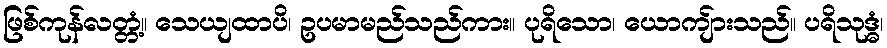
ဖြစ်ကုန်လတ္တံ့။ သေယျထာပိ၊ ဥပမာမည်သည်ကား။ ပုရိသော၊ ယောကျ်ားသည်။ ပရိသုဒ္ဓံ၊